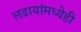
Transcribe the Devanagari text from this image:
लढायांमध्येही